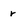
Character: r